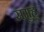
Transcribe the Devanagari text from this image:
समुह्